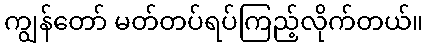
ကျွန်တော် မတ်တပ်ရပ်ကြည့်လိုက်တယ်။